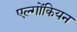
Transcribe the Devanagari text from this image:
एल्गोंकियन